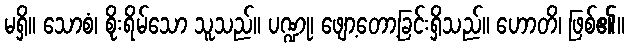
မရှိ။ သောစံ၊ စိုးရိမ်သော သူသည်။ ပဏ္ဍု၊ ဖျော့တော့ခြင်းရှိသည်။ ဟောတိ၊ ဖြစ်၏။